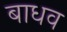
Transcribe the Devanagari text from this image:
बाधव